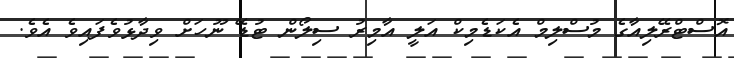
އޮސްޓްރޭލިއާގެ މުސްލިމް އެކަޑެމިކް އަލީ އާމިރު ސިލޯން ޓުޑޭ ނޫހަށް ވިދާޅުވެފައިވެ އެވެ.